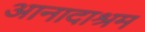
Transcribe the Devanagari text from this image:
आनादाश्रम